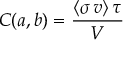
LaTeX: C ( a , b ) = { \frac { \langle \sigma \, v \rangle \, \tau } { V } }